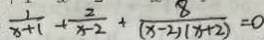
\frac { 1 } { x + 1 } + \frac { 2 } { x - 2 } + \frac { 8 } { ( x - 2 ) ( x + 2 ) } = 0